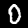
Digit: 0